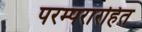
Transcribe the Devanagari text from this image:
परम्परारहित